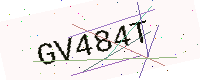
Text: GV484T